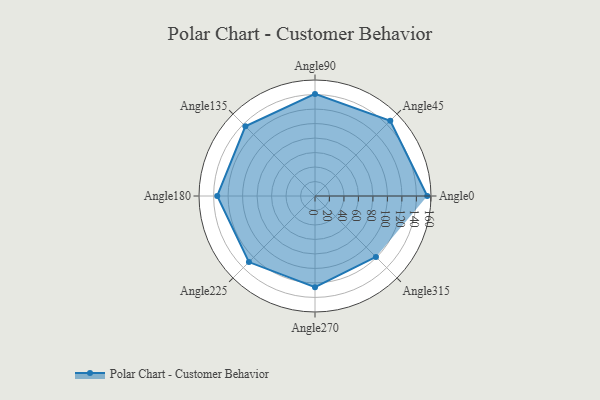
{"axis": {"x": "Angle", "y": "Radius"}, "legend": [""], "data": [{"x": "Angle0", "y": 155.0, "type": ""}, {"x": "Angle45", "y": 147.0, "type": ""}, {"x": "Angle90", "y": 141.0, "type": ""}, {"x": "Angle135", "y": 136.0, "type": ""}, {"x": "Angle180", "y": 135.0, "type": ""}, {"x": "Angle225", "y": 129.0, "type": ""}, {"x": "Angle270", "y": 126.0, "type": ""}, {"x": "Angle315", "y": 119.0, "type": ""}]}